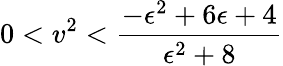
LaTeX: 0<v^{2}<\frac{-\epsilon^{2}+6\epsilon+4}{\epsilon^{2}+8}